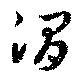
渭